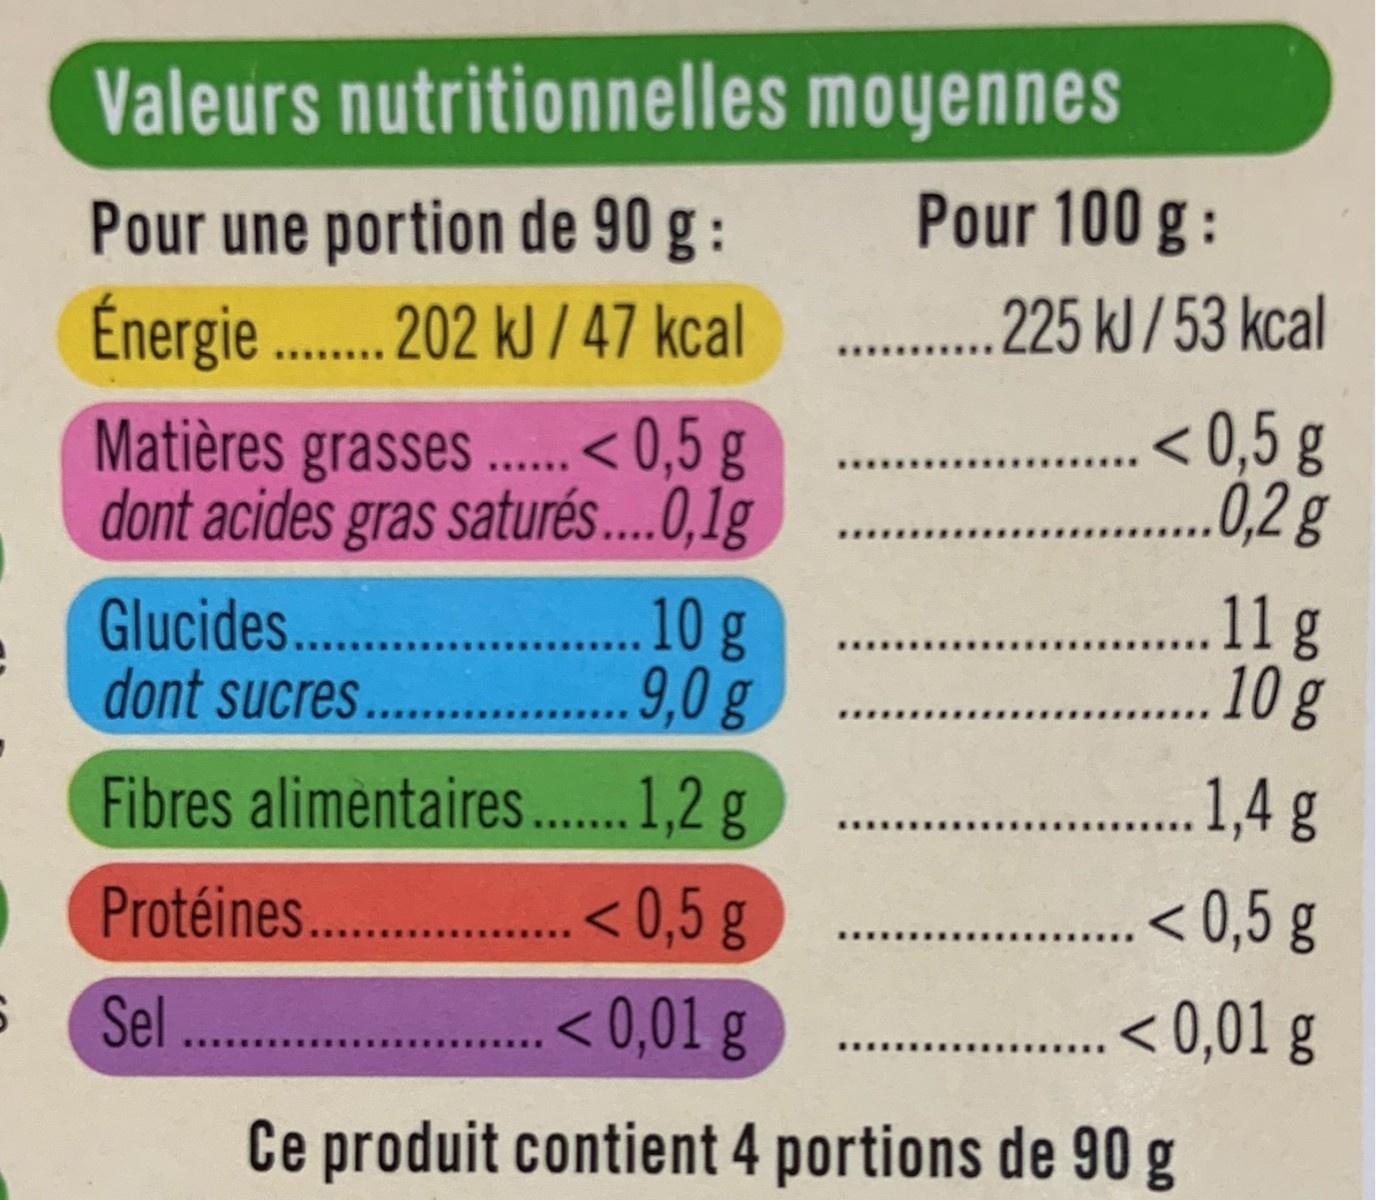
Valeurs nutritionnelles moyennes Pour 100 g : Pour une portion de 90 g : . .225 kJ/53 kcal <0,5 g 0,2 g Énergie . 202 kJ / 47 kcal Matières grasses.. < 0,5 g dont acides gras saturés...0,1g ...... Glucides.. dont sucres. 10g 9,0g 11g 10 g Fibres alimentaires. 1,2 g 1,4g ....... < 0,5 g Protéines. . < 0,5 g < 0,01 g ..... Sel ... < 0,01 g Ce produit contient 4 portions de 90 g